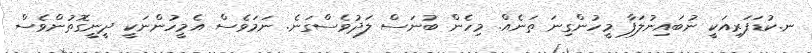
ނ.ކުޑަފަރިއަކީ ނުބައިނުލަފާ މީހުންގިނަ ތަނެއް. މިހެން ބުނަސް ލަދުވެސްގަނެ. ނަމަވެސް އެމީހުންނަކީ ދީނީގޮތުންވެސް